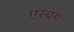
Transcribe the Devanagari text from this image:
एरयंग